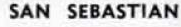
SAN SEBASTIAN